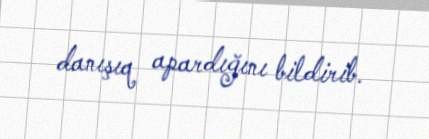
danışıq apardığını bildirib.